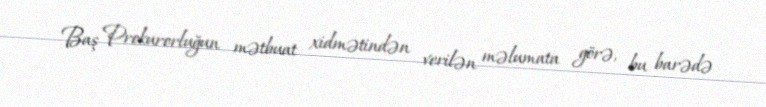
Baş Prokurorluğun mətbuat xidmətindən verilən məlumata görə, bu barədə